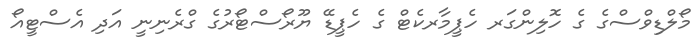
މޯލްޑިވްސްގެ ގެ ހޮލިންގަރ ހެޕީމާރކެޓް ގެ ހެޕީޑޭ ޔޫރޯސްޓޯރުގެ ގްރެނިނީ އަދި އެސްޓީއޯ